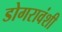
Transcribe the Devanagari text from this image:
डोगरावंशी